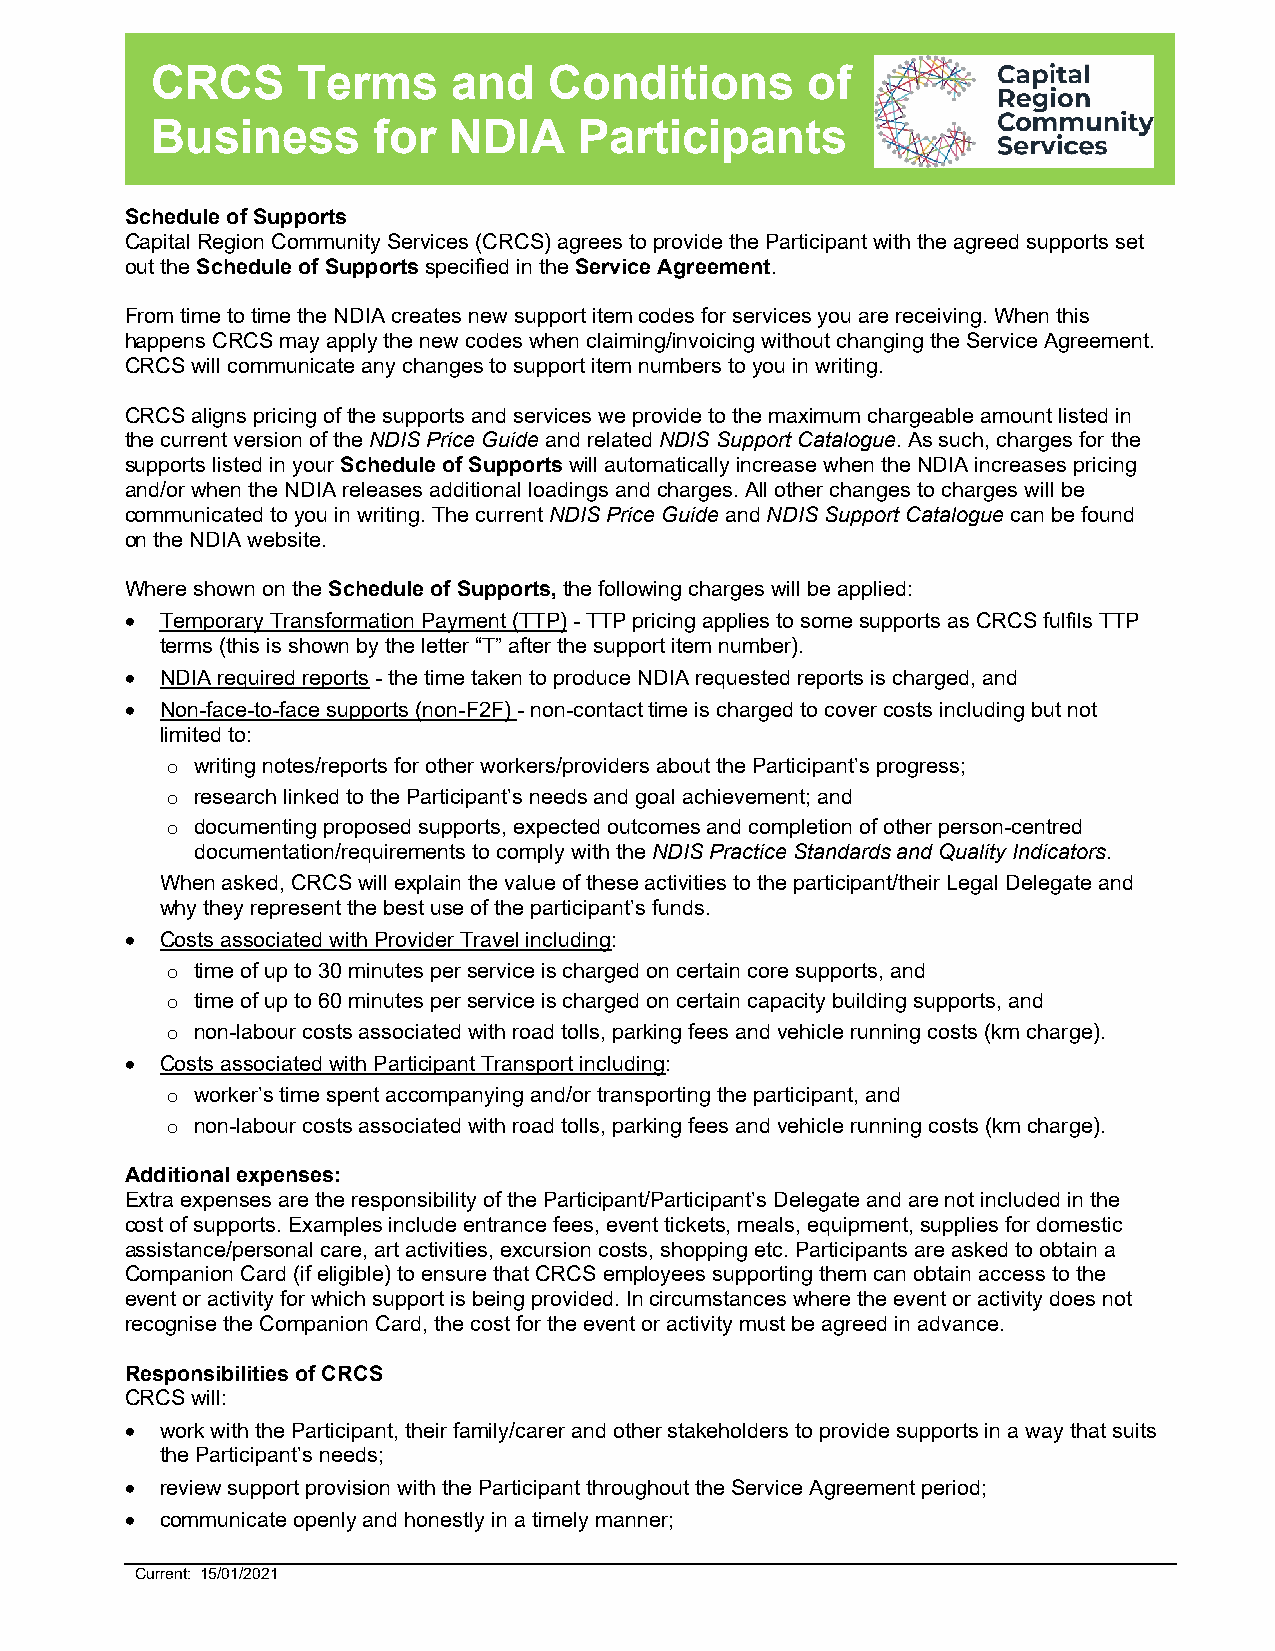
CRCS      Terms     and   Conditions       of
 Business       for  NDIA    Participants
 Schedule of Supports
 Capital Region Community Services (CRCS) agrees to provide the Participant with the agreed supports set
 out the Schedule of Supports specified in the Service Agreement.
 From time to time the NDIA creates new support item codes for services you are receiving. When this
 happens CRCS may apply the new codes when claiming/invoicing without changing the Service Agreement.
 CRCS will communicate any changes to support item numbers to you in writing.
 CRCS aligns pricing of the supports and services we provide to the maximum chargeable amount listed in
 the current version of the NDIS Price Guide and related NDIS Support Catalogue. As such, charges for the
 supports listed in your Schedule of Supports will automatically increase when the NDIA increases pricing
 and/or when the NDIA releases additional loadings and charges. All other changes to charges will be
 communicated to you in writing. The current NDIS Price Guide and NDIS Support Catalogue can be found
 on the NDIA website.
 Where shown on the Schedule of Supports, the following charges will be applied:
   Temporary Transformation Payment (TTP) - TTP pricing applies to some supports as CRCS fulfils TTP
 terms (this is shown by the letter “T” after the support item number).
   NDIA required reports - the time taken to produce NDIA requested reports is charged, and
   Non-face-to-face supports (non-F2F) - non-contact time is charged to cover costs including but not
 limited to:
 o writing notes/reports for other workers/providers about the Participant’s progress;
 o research linked to the Participant’s needs and goal achievement; and
 o documenting proposed supports, expected outcomes and completion of other person-centred
 documentation/requirements to comply with the NDIS Practice Standards and Quality Indicators.
 When asked, CRCS will explain the value of these activities to the participant/their Legal Delegate and
 why they represent the best use of the participant’s funds.
   Costs associated with Provider Travel including:
 o time of up to 30 minutes per service is charged on certain core supports, and
 o time of up to 60 minutes per service is charged on certain capacity building supports, and
 o non-labour costs associated with road tolls, parking fees and vehicle running costs (km charge).
   Costs associated with Participant Transport including:
 o worker’s time spent accompanying and/or transporting the participant, and
 o non-labour costs associated with road tolls, parking fees and vehicle running costs (km charge).
 Additional expenses:
 Extra expenses are the responsibility of the Participant/Participant’s Delegate and are not included in the
 cost of supports. Examples include entrance fees, event tickets, meals, equipment, supplies for domestic
 assistance/personal care, art activities, excursion costs, shopping etc. Participants are asked to obtain a
 Companion Card (if eligible) to ensure that CRCS employees supporting them can obtain access to the
 event or activity for which support is being provided. In circumstances where the event or activity does not
 recognise the Companion Card, the cost for the event or activity must be agreed in advance.
 Responsibilities of CRCS
 CRCS will:
   work with the Participant, their family/carer and other stakeholders to provide supports in a way that suits
 the Participant’s needs;
   review support provision with the Participant throughout the Service Agreement period;
   communicate openly and honestly in a timely manner;
 Current: 15/01/2021